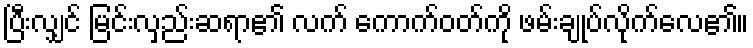
ပြီးလျှင် မြင်းလှည်းဆရာ၏ လက် ကောက်ဝတ်ကို ဖမ်းချုပ်လိုက်လေ၏။